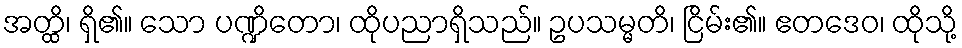
အတ္ထိ၊ ရှိ၏။ သော ပဏ္ဍိတော၊ ထိုပညာရှိသည်။ ဥပသမ္မတိ၊ ငြိမ်း၏။ ဧတဒေဝ၊ ထိုသို့